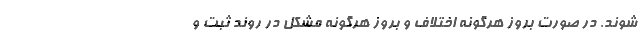
شوند. در صورت بروز هرگونه اختلاف و بروز هرگونه مشکل در روند ثبت و